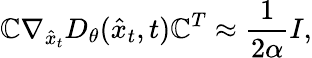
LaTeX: \mathbb{C}\nabla_{\hat{{x}}_{t}}D_{\theta}(\hat{{x}}_{t},t)\mathbb{C}^{T}\approx\frac{{1}}{{2\alpha}}I,